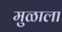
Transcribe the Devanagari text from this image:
मुळाला